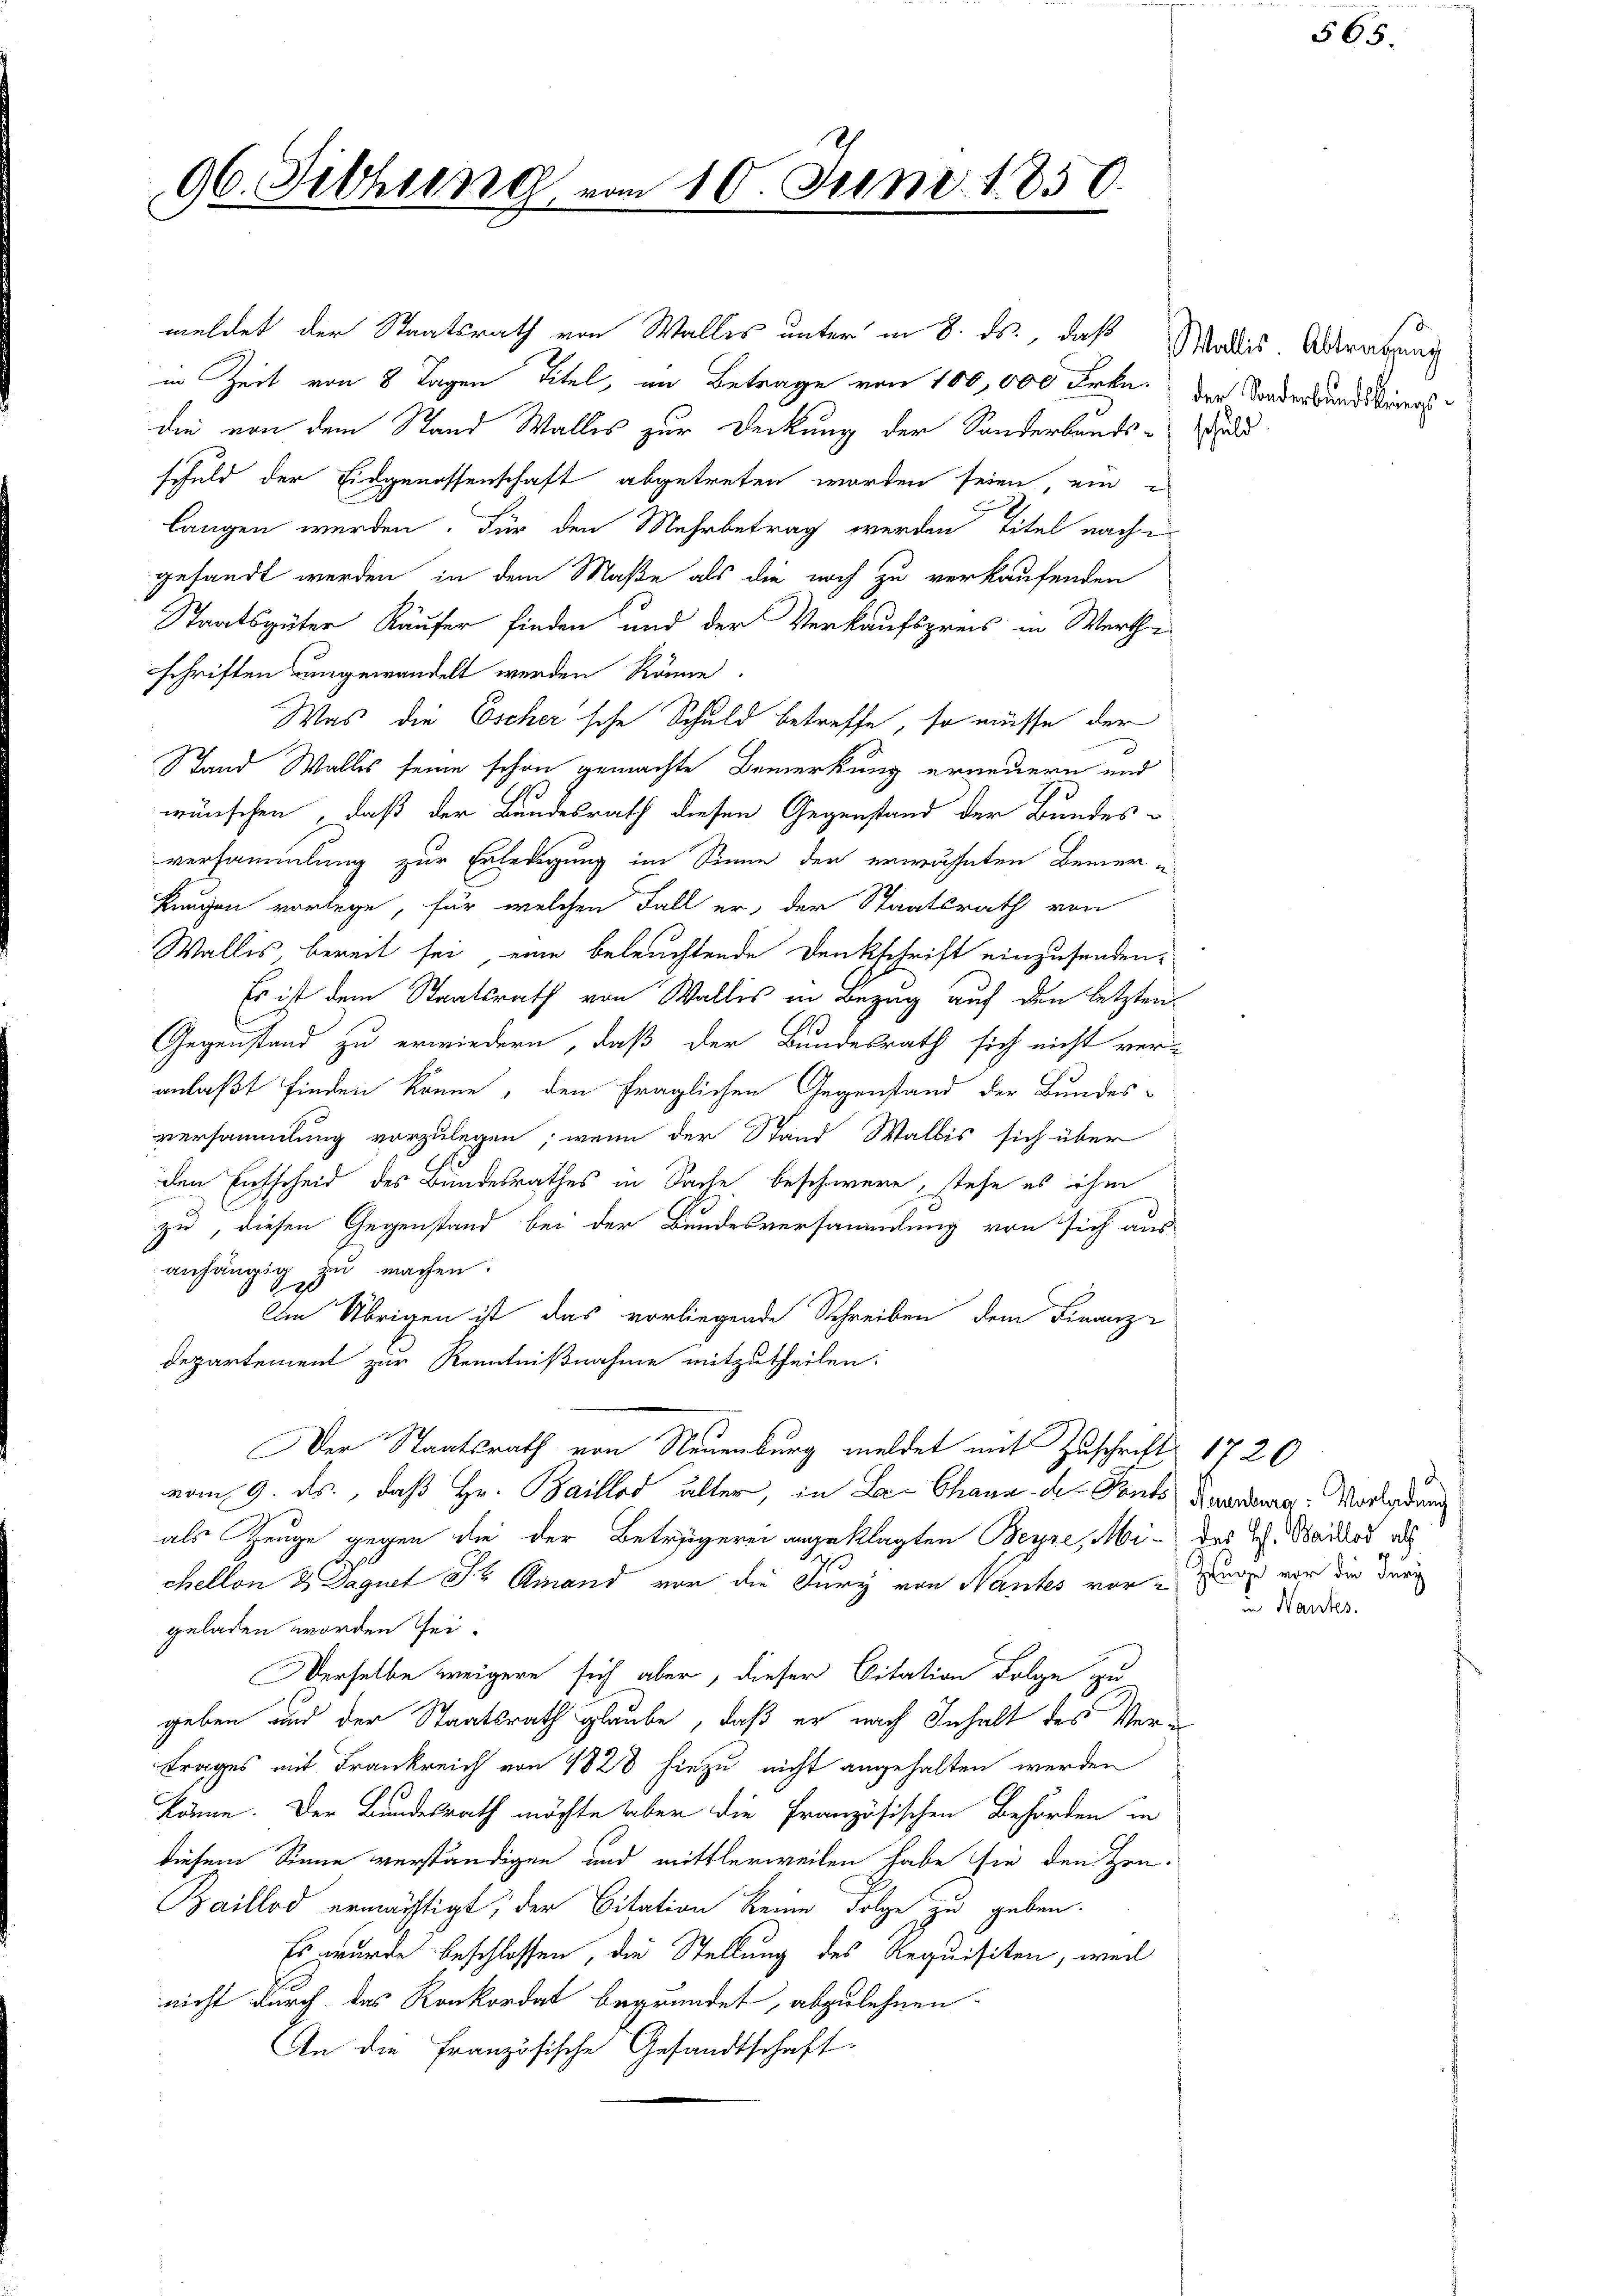
96. Fichung.

in Zeit von 8 Tagen Titel, in Betrage von 100,000 Frkn.
die von dem Stand Wallis zur Deckung der Sonderbands-
schuld der Eidgenossenschaft abgetreten worden seien, ein
langen werden. Für den Mehrbetrag werden Titel nach e
gesandt werden, in dem Maße als die noch zu verkaufenden
Staatsgüter Käufer finden und der Verkaufspreis in Werthe
schriften ungewandelt werden könne.
Was die Escher'sche Schuld betreffe, so müsse der
Stand Wallis seine schon gemachte Bemerkung erneuern und
wünschen , daß der Bundesrath diesen Gegenstand der Bundesversammlung zur Erledigung im Sinne der erwähnten Bemer¬
Lungen vorlege, für welchen Fall er der Staatsrath von
Wallis bereit sei, eine beleuchtende Denkschrift einzusenden¬
Es ist dem Staatsrath von Wallis in Bezug auf den letzten
Gegenstand zu erwiedern, daß der Bundesrath sich nicht ver-
anlaßt finden könne, den fraglichen Gegenstand der Bundes-
versammlung vorzulegen; wenn der Stand Wallis sich über
den Entscheid des Bundesrathes in Sache beschwere, stehe es ihm
zu, diesen Gegenstand bei der Bundesversammlung von sich aus
anhängig zu machen:
Am Übrigen ist das vorliegende Schreiben dem Finanz-
Departement zur Kenntnißnahme mitzutheilen:
Der Staatsrath von Neuenburg meldet mit Zuschrift 1720
vom 9. ds., daß Hr. Baillos alter, in La- Chann des Ponts Kunden Vorladung
als Zeuge gegen die der Beträgerei angeklagten Beyse, Mi- das G. Saites das
chelton 2 Daquet St. Amand vor die Jury von Nantes vorzugs vor die dur
geladen worden sei.
Derselbe weigere sich aber, dieser Citation Folge zu
geben und der Staatsrath glaube, daß er nach Inhalt des Vertrages mit Frankreich von 1828 hiezu nicht angehalten werden
s
könne. Der Bundesrath möchte aber die Französischen Behörden in
diesem Sinne verständigen und mittlerweilen habe sie den Hrn.
Baillod ermächtigt; der Citation keine Folge zu geben.
Es wurde beschlossen, die Stellung des Requisiten, weil
nicht durch das Konkordat begründet, abzulehnen.
An die Französische Gesandtschaft.

2

10. Juni 1850.

meldet der Staatsrath von Walles unter in 8. ds., daß

Wallis. Abtragung
der Sonderbundskriegsschuld.

u
in Handes.

565.